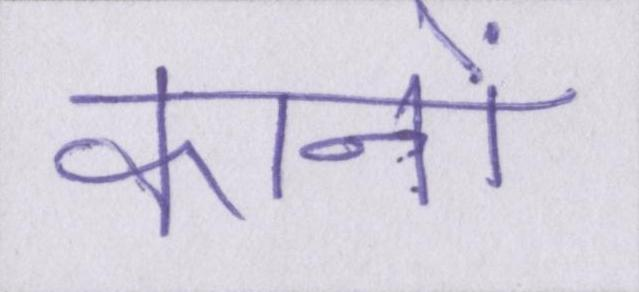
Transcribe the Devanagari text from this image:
कानों